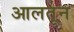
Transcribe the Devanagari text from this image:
आलतून